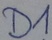
Text: D1